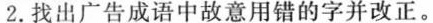
2.找出广告成语中故意用错的字并改正。